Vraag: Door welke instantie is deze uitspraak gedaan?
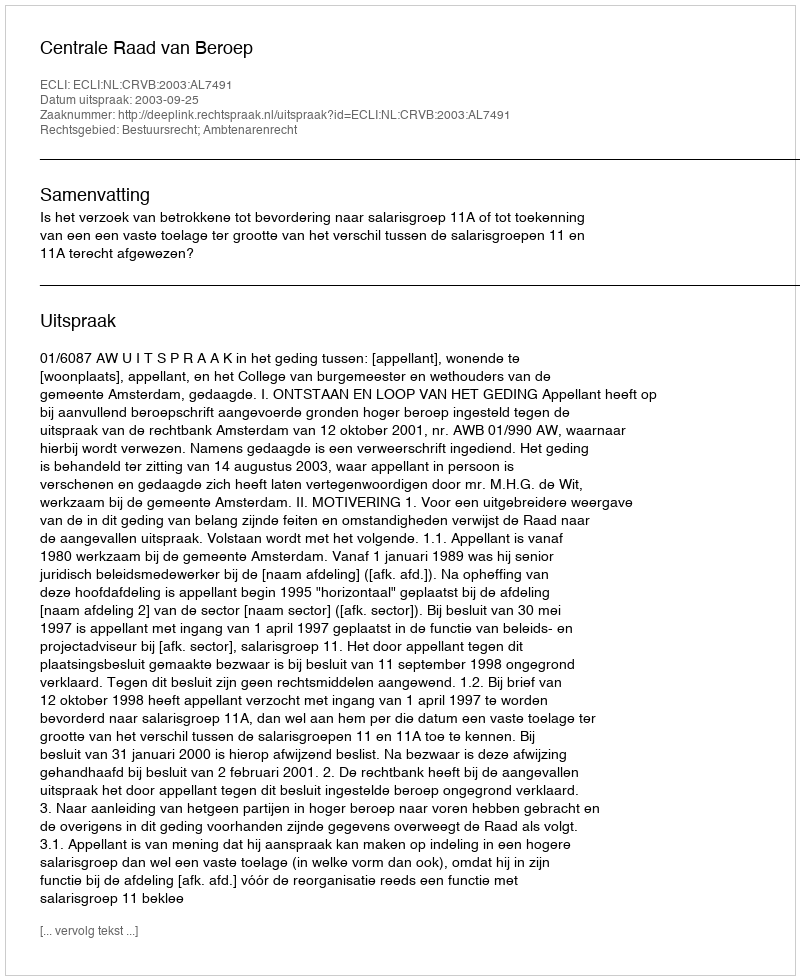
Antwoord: Centrale Raad van Beroep